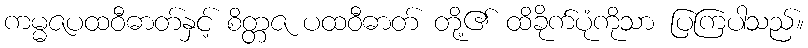
ကမ္မဇပထဝီဓာတ်နှင့် စိတ္တဇ ပထဝီဓာတ် တို့၏ ထိခိုက်ပုံကိုသာ ပြကြပါသည်။